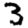
Digit: 3